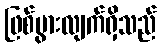
ဖြစ်ပွားလျက်ရှိသည်